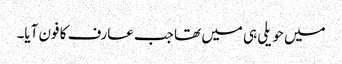
میں حویلی ہی میں تھا جب عارف کا فون آیا۔